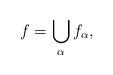
LaTeX: \begin{align*} f = \bigcup_{\alpha} f_\alpha, \end{align*}